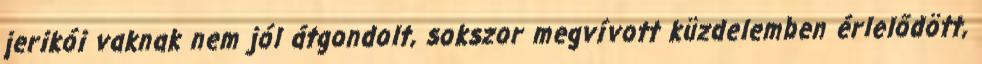
jerikói vaknak nem jól átgondolt, sokszor megvívott küzdelemben érlelődött,